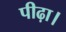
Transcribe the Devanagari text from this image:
पीढ़ा।